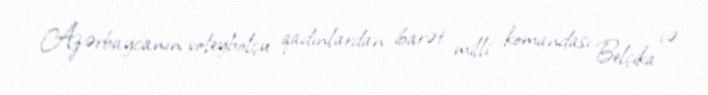
Azərbaycanın voleybolçu qadınlardan ibarət milli komandası Belçika və